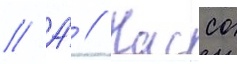
// А́ // Кассо